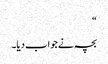
“
بچہ نے جواب دیا۔